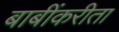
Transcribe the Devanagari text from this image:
बाबींकरीता